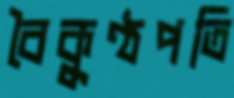
বৈকুণ্ঠপতি